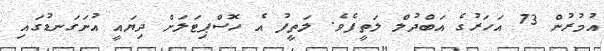
އުމުރުން 73 އަހަރުގެ އަބްދުލް ލަތީފެވެ. ލަތީފު އެ ހޮސްޕިޓަލަށް ދިޔައީ އުނަގަނޑުގައި